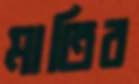
মাতিব